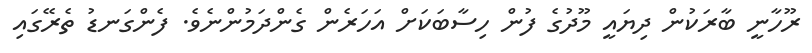
ރޫހާނީ ބާރަކުން ދިޔައީ މޫދުގެ ފުން ހިސާބަކަށް އަހަރެން ގެންދަމުންނެވެ. ފެންގަނޑު ތެރޭގައި